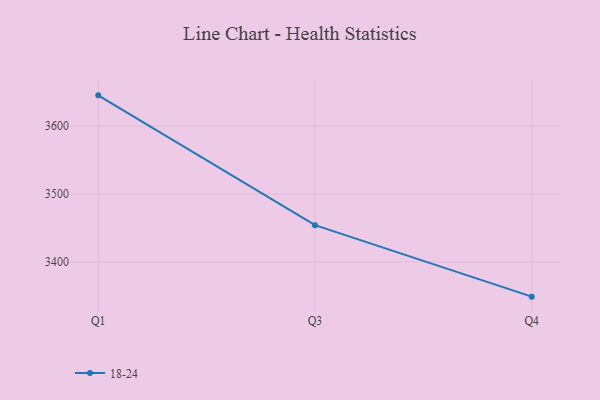
{"axis": {"x": "Quarter", "y": "Satisfaction Score"}, "legend": ["18-24"], "data": [{"x": "Q1", "y": 3645.3, "type": "18-24"}, {"x": "Q3", "y": 3454.1, "type": "18-24"}, {"x": "Q4", "y": 3348.8, "type": "18-24"}]}